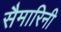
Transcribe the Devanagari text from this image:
सैमारिनी